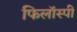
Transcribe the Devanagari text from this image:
फिलॉस्पी